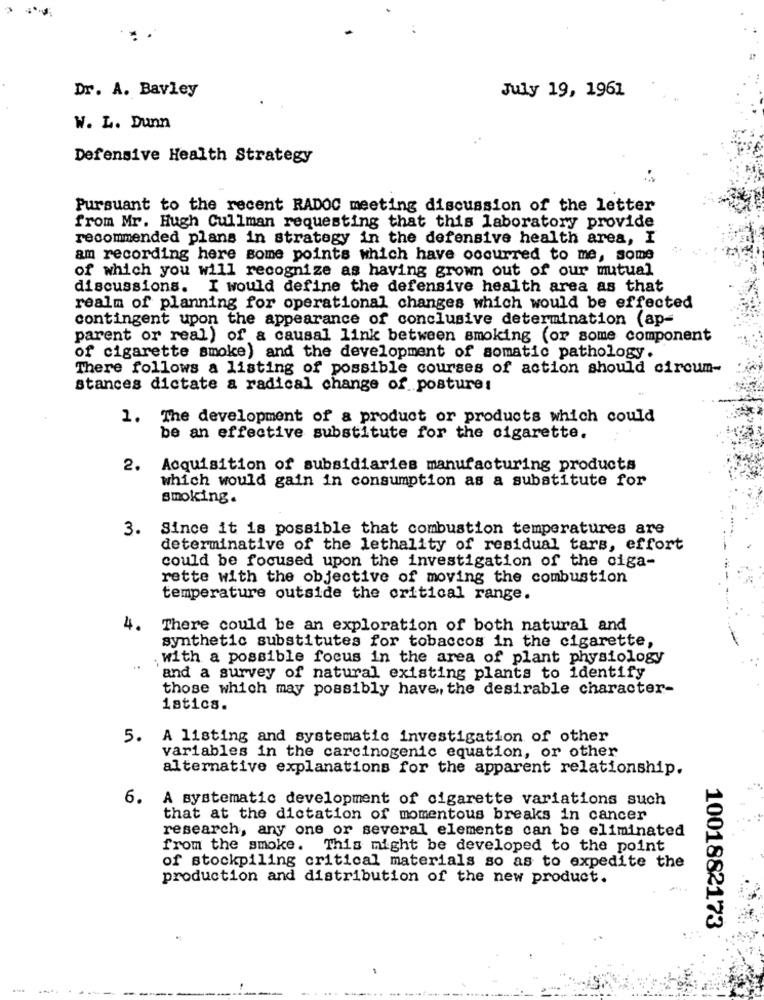
Dr. A. Bavley
July 19, 1961
W. L. Dunn
Defensive Health Strategy
Pursuant to the recent RADOC meeting discussion of the letter
from Mr. Hugh Cullman requesting that this laboratory provide
recommended plans in strategy in the defensive health area, I
am recording here some points which have occurred to me, some
of which you will recognize as having grown out of our mutual
discussions. I would define the defensive health area as that
realm of planning for operational changes which would be effected
contingent upon the appearance of conclusive determination (ap-
parent or real) of & causal link between smoking (or some component
of cigarette smoke) and the development of somatic pathology.
There follows a listing of possible courses of action should circum-
stances dictate a radical change of postures
1. The development of a product or products which could
be an effective substitute for the cigarette.
2.
Acquisition of subsidiaries manufacturing products
which would gain in consumption as a substitute for
smoking.
3.
Since it is possible that combustion temperatures are
determinative of the lethality of residual tars, effort
could be focused upon the investigation of the ciga-
rette with the objective of moving the combustion
temperature outside the critical range.
4.
There could be an exploration of both natural and
synthetic substitutes for tobaccos in the cigarette,
. with a possible focus in the area of plant physiology
..
and a survey of natural existing plants to identify
those which may possibly have, the desirable character-
istics.
5.
A listing and systematic investigation of other
variables in the carcinogenic equation, or other
alternative explanations for the apparent relationship.
6.
A systematic development of cigarette variations such
that at the dictation of momentous breaks in cancer
research, any one or several elements can be eliminated
from the smoke. This might be developed to the point
of stockpiling critical materials so as to expedite the
production and distribution of the new product.
1001882173
-
.... .